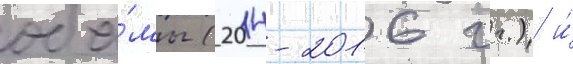
оба́мы (2014-2016 гг.) и́